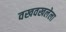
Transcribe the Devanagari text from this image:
वखवखलेला